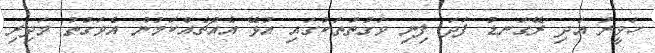
ހަވީރު އަދި ރޭގަނޑު ފަދަ ފިނި ވަގުތުތަކުގައި އުޅޭ އެއްޗެއްކަމުން އެވަގުތު މަދިރި